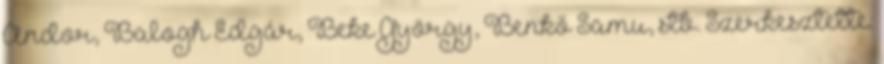
Andor, Balogh Edgár, Beke György, Benkő Samu, stb. Szerkesztette: